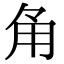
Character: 𮗠